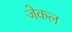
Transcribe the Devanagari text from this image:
जेकल